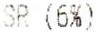
SR (6%)